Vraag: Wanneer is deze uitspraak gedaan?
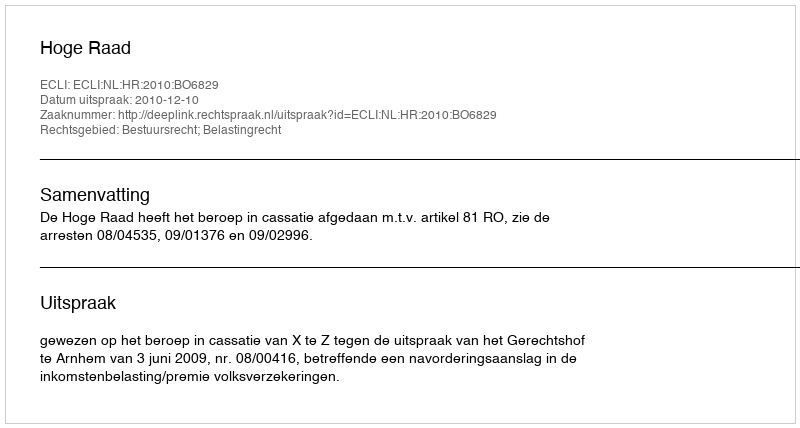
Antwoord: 2010-12-10